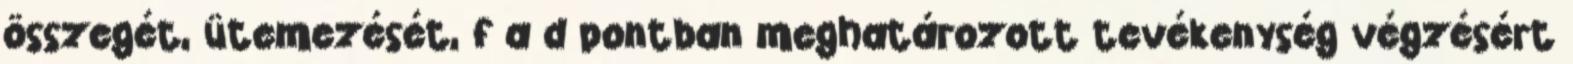
összegét, ütemezését, f a d pontban meghatározott tevékenység végzésért